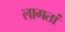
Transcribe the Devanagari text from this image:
लागतां